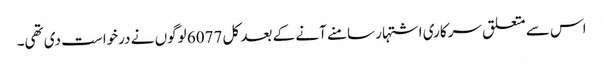
اس سے متعلق سرکاری اشتہار سامنے آنے کے بعد کل 6077 لوگوں نے درخواست دی تھی۔